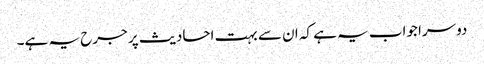
دوسرا جواب یہ ہے کہ ان سے بہت احادیث پر جرح یہ ہے۔